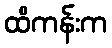
ထိကန်းက